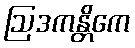
ဩဒကန္တိကေ